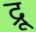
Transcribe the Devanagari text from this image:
द्रू